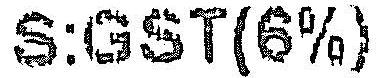
S:GST(6%)